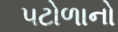
પટોળાનો